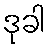
ဒုခါ